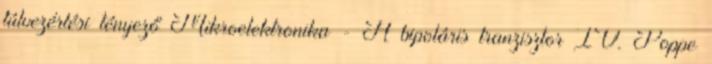
túlvezérlési tényező Mikroelektronika - A bipoláris tranzisztor IV. Poppe